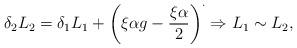
LaTeX: \begin{align*}\delta_2 L_2 = \delta_1 L_1+ \left ( \xi \alpha g - \frac{\xi \alpha}{2} \right )^\cdot \Rightarrow L_1 \sim L_2,\end{align*}